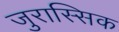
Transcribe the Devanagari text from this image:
जुरास्सिक